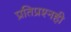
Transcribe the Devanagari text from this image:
प्रतिप्रश्‍नही